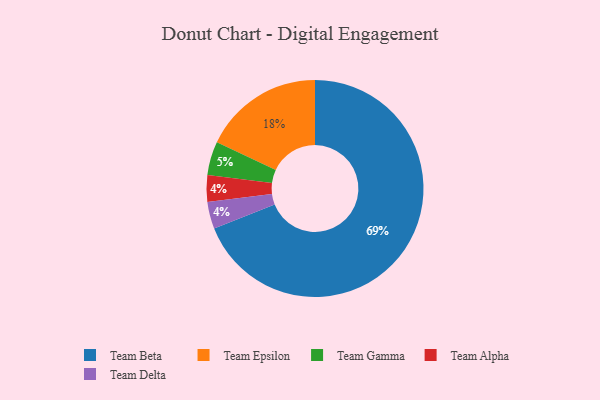
{"axis": {"x": "Category", "y": "Percentage"}, "legend": ["Team Alpha", "Team Beta", "Team Delta", "Team Epsilon", "Team Gamma"], "data": [{"x": "Team Alpha", "y": 4, "type": "Team Alpha"}, {"x": "Team Beta", "y": 69, "type": "Team Beta"}, {"x": "Team Gamma", "y": 5, "type": "Team Gamma"}, {"x": "Team Delta", "y": 4, "type": "Team Delta"}, {"x": "Team Epsilon", "y": 18, "type": "Team Epsilon"}]}